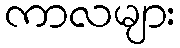
ကာလများ